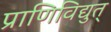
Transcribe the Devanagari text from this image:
प्राणिविद्युत्